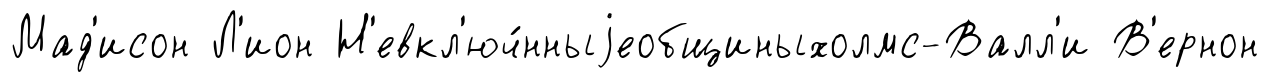
Мад'исон Л'ион Н'евкл'юч́нныjеобщиныхолмс-Валл'и В'ернон